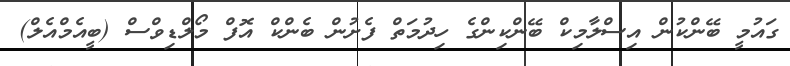
ގައުމީ ބޭންކުން އިސްލާމިކް ބޭންކިންގެ ހިދުމަތް ފެށުން ބެންކް އޮފް މޯލްޑިވްސް (ބީއެމްއެލް)